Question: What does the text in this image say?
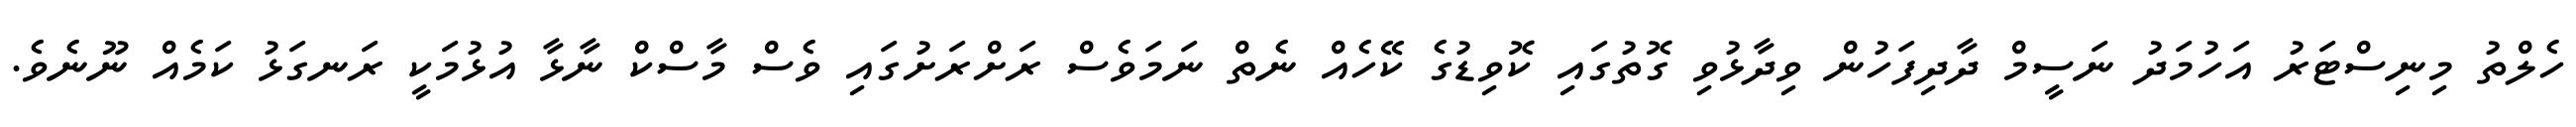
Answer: ހެލްތު މިނިސްޓަރު އަހުމަދު ނަސީމް ދާދިފަހުން ވިދާޅުވި ގޮތުގައި ކޮވިޑުގެ ކޭހެއް ނެތް ނަމަވެސް ރަށްރަށުގައި ވެސް މާސްކް ނާޅާ އުޅުމަކީ ރަނގަޅު ކަމެއް ނޫނެވެ.